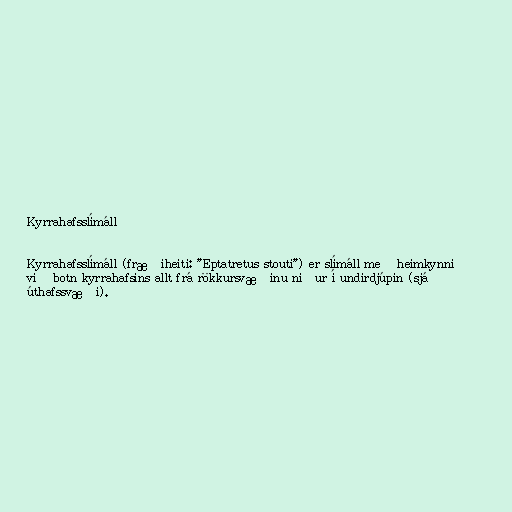
Kyrrahafsslímáll

Kyrrahafsslímáll (fræðiheiti: "Eptatretus stouti") er slímáll með heimkynni
við botn kyrrahafsins allt frá rökkursvæðinu niður í undirdjúpin (sjá
úthafssvæði).